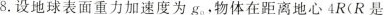
8. 设地球表面重力加速度为g_{0}，物体在距离地心4R(R是